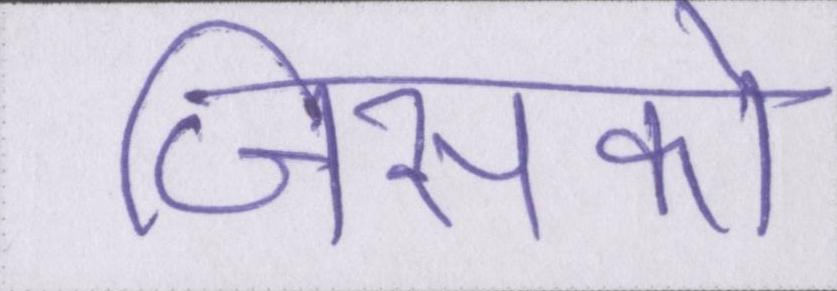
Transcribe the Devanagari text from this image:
जिसको